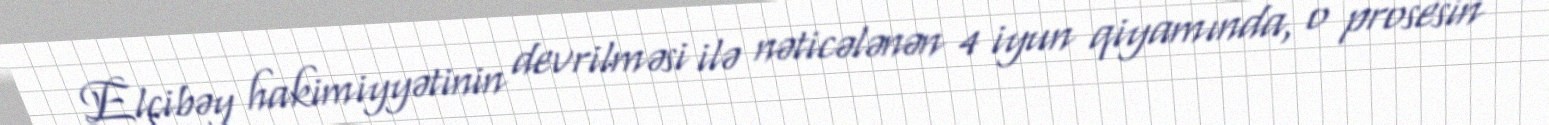
Elçibəy hakimiyyətinin devrilməsi ilə nəticələnən 4 iyun qiyamında, o prosesin